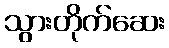
သွားတိုက်ဆေး